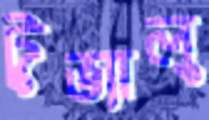
টুভ্যালু